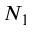
N _ { 1 }